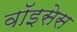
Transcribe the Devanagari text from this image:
वॉइसेस